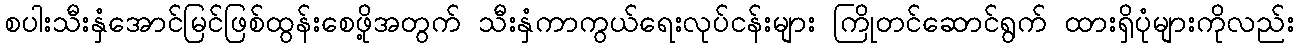
စပါးသီးနှံအောင်မြင်ဖြစ်ထွန်းစေဖို့အတွက် သီးနှံကာကွယ်ရေးလုပ်ငန်းများ ကြိုတင်ဆောင်ရွက် ထားရှိပုံများကိုလည်း